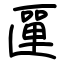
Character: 匰